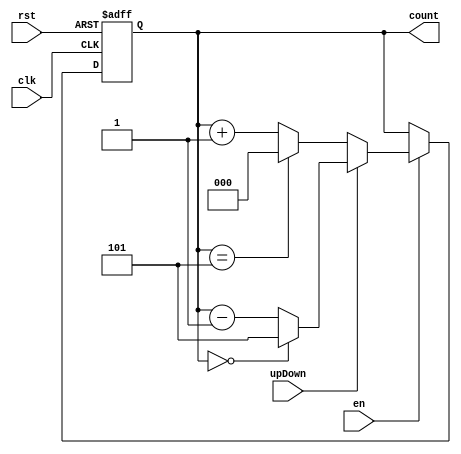
module Up_Down_Mod_Counter # (parameter x = 3, n = 6)(input clk, rst, en, upDown, output [x-1:0] count);
reg [x-1:0] count;
always @ (posedge clk, posedge rst)
begin 
    if (rst == 1)
        count <= 0;
    else if (en == 1)begin
        if (upDown == 0)
             if (count == n-1) 
                 count <=0;
             else 
                 count <=count+1;
        else begin
             if (count == 0)
                count <= n-1;
             else 
                count <=count-1;
                end
     end
     else
        count <= count;
end 
endmodule